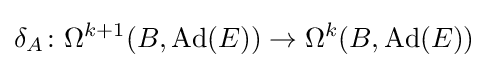
\delta _{A}\colon \Omega ^{k+1}(B,\operatorname {Ad} (E))\rightarrow \Omega ^{k}(B,\operatorname {Ad} (E))